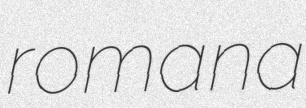
romana